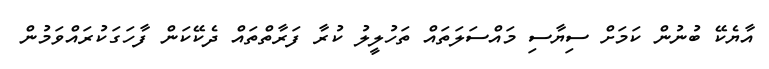
އާޔެކޭ ބުނުން ކަމަށް ސިޔާސި މައްސަލަތައް ތަހުލީލު ކުރާ ފަރާތްތައް ދެކޭކަން ފާހަގަކުރައްވަމުން